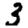
Digit: 3